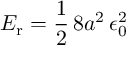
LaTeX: E _ { \mathrm { r } } = { \frac { 1 } { 2 } } \, 8 a ^ { 2 } \, \epsilon _ { 0 } ^ { 2 }